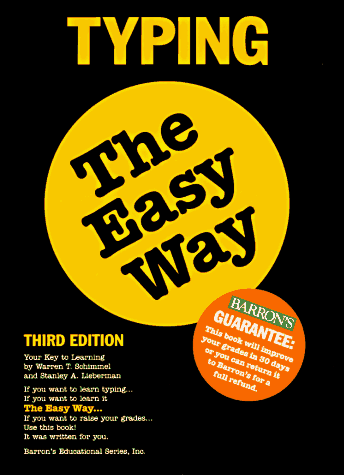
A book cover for Typing the Easy Way (Barron's E-Z); W. Schimmel; Business & Money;